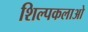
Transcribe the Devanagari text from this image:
शिल्पकलाओ